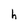
Character: h